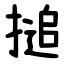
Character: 搥